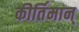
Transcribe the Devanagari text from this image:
कीर्तिमान्